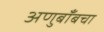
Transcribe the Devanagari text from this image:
अणुबाँबचा